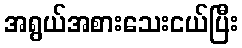
အရွယ်အစားသေးငယ်ပြီး